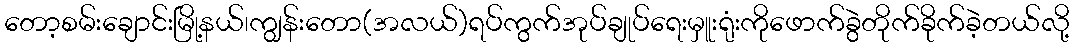
တော့စမ်းချောင်းမြို့နယ်၊ကျွန်းတော(အလယ်)ရပ်ကွက်အုပ်ချုပ်ရေးမှူးရုံးကိုဖောက်ခွဲတိုက်ခိုက်ခဲ့တယ်လို့